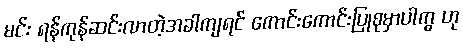
မင်း ရန်ကုန်ဆင်းလာတဲ့အခါကျရင် ကောင်းကောင်းပြုစုမှာပါကွ ဟု